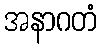
အနာဂတံ